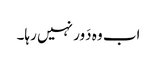
اب وہ دَور نہیں رہا۔